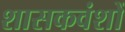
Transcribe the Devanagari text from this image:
शासकवंशों